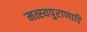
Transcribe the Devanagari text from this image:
मत्स्यपुराणादि